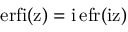
\mathrm { e r f i ( z ) } = \mathrm { i \, e f r ( \mathrm { i z ) } }